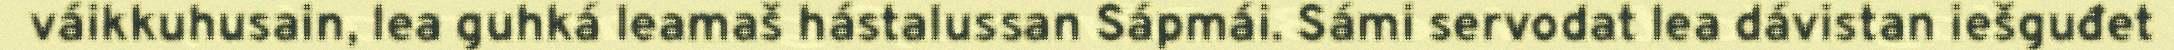
váikkuhusain, lea guhká leamaš hástalussan Sápmái. Sámi servodat lea dávistan iešguđet